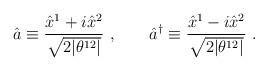
LaTeX: \begin{align*}\hat{a}\equiv \frac{\hat{x}^{1}+i\hat{x}^{2}}{\sqrt{2|\theta^{12}|}}~,\qquad \hat{a}^{\dagger}\equiv \frac{\hat{x}^{1}-i\hat{x}^{2}}{\sqrt{2|\theta^{12}|}}~. \end{align*}